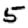
Digit: 5